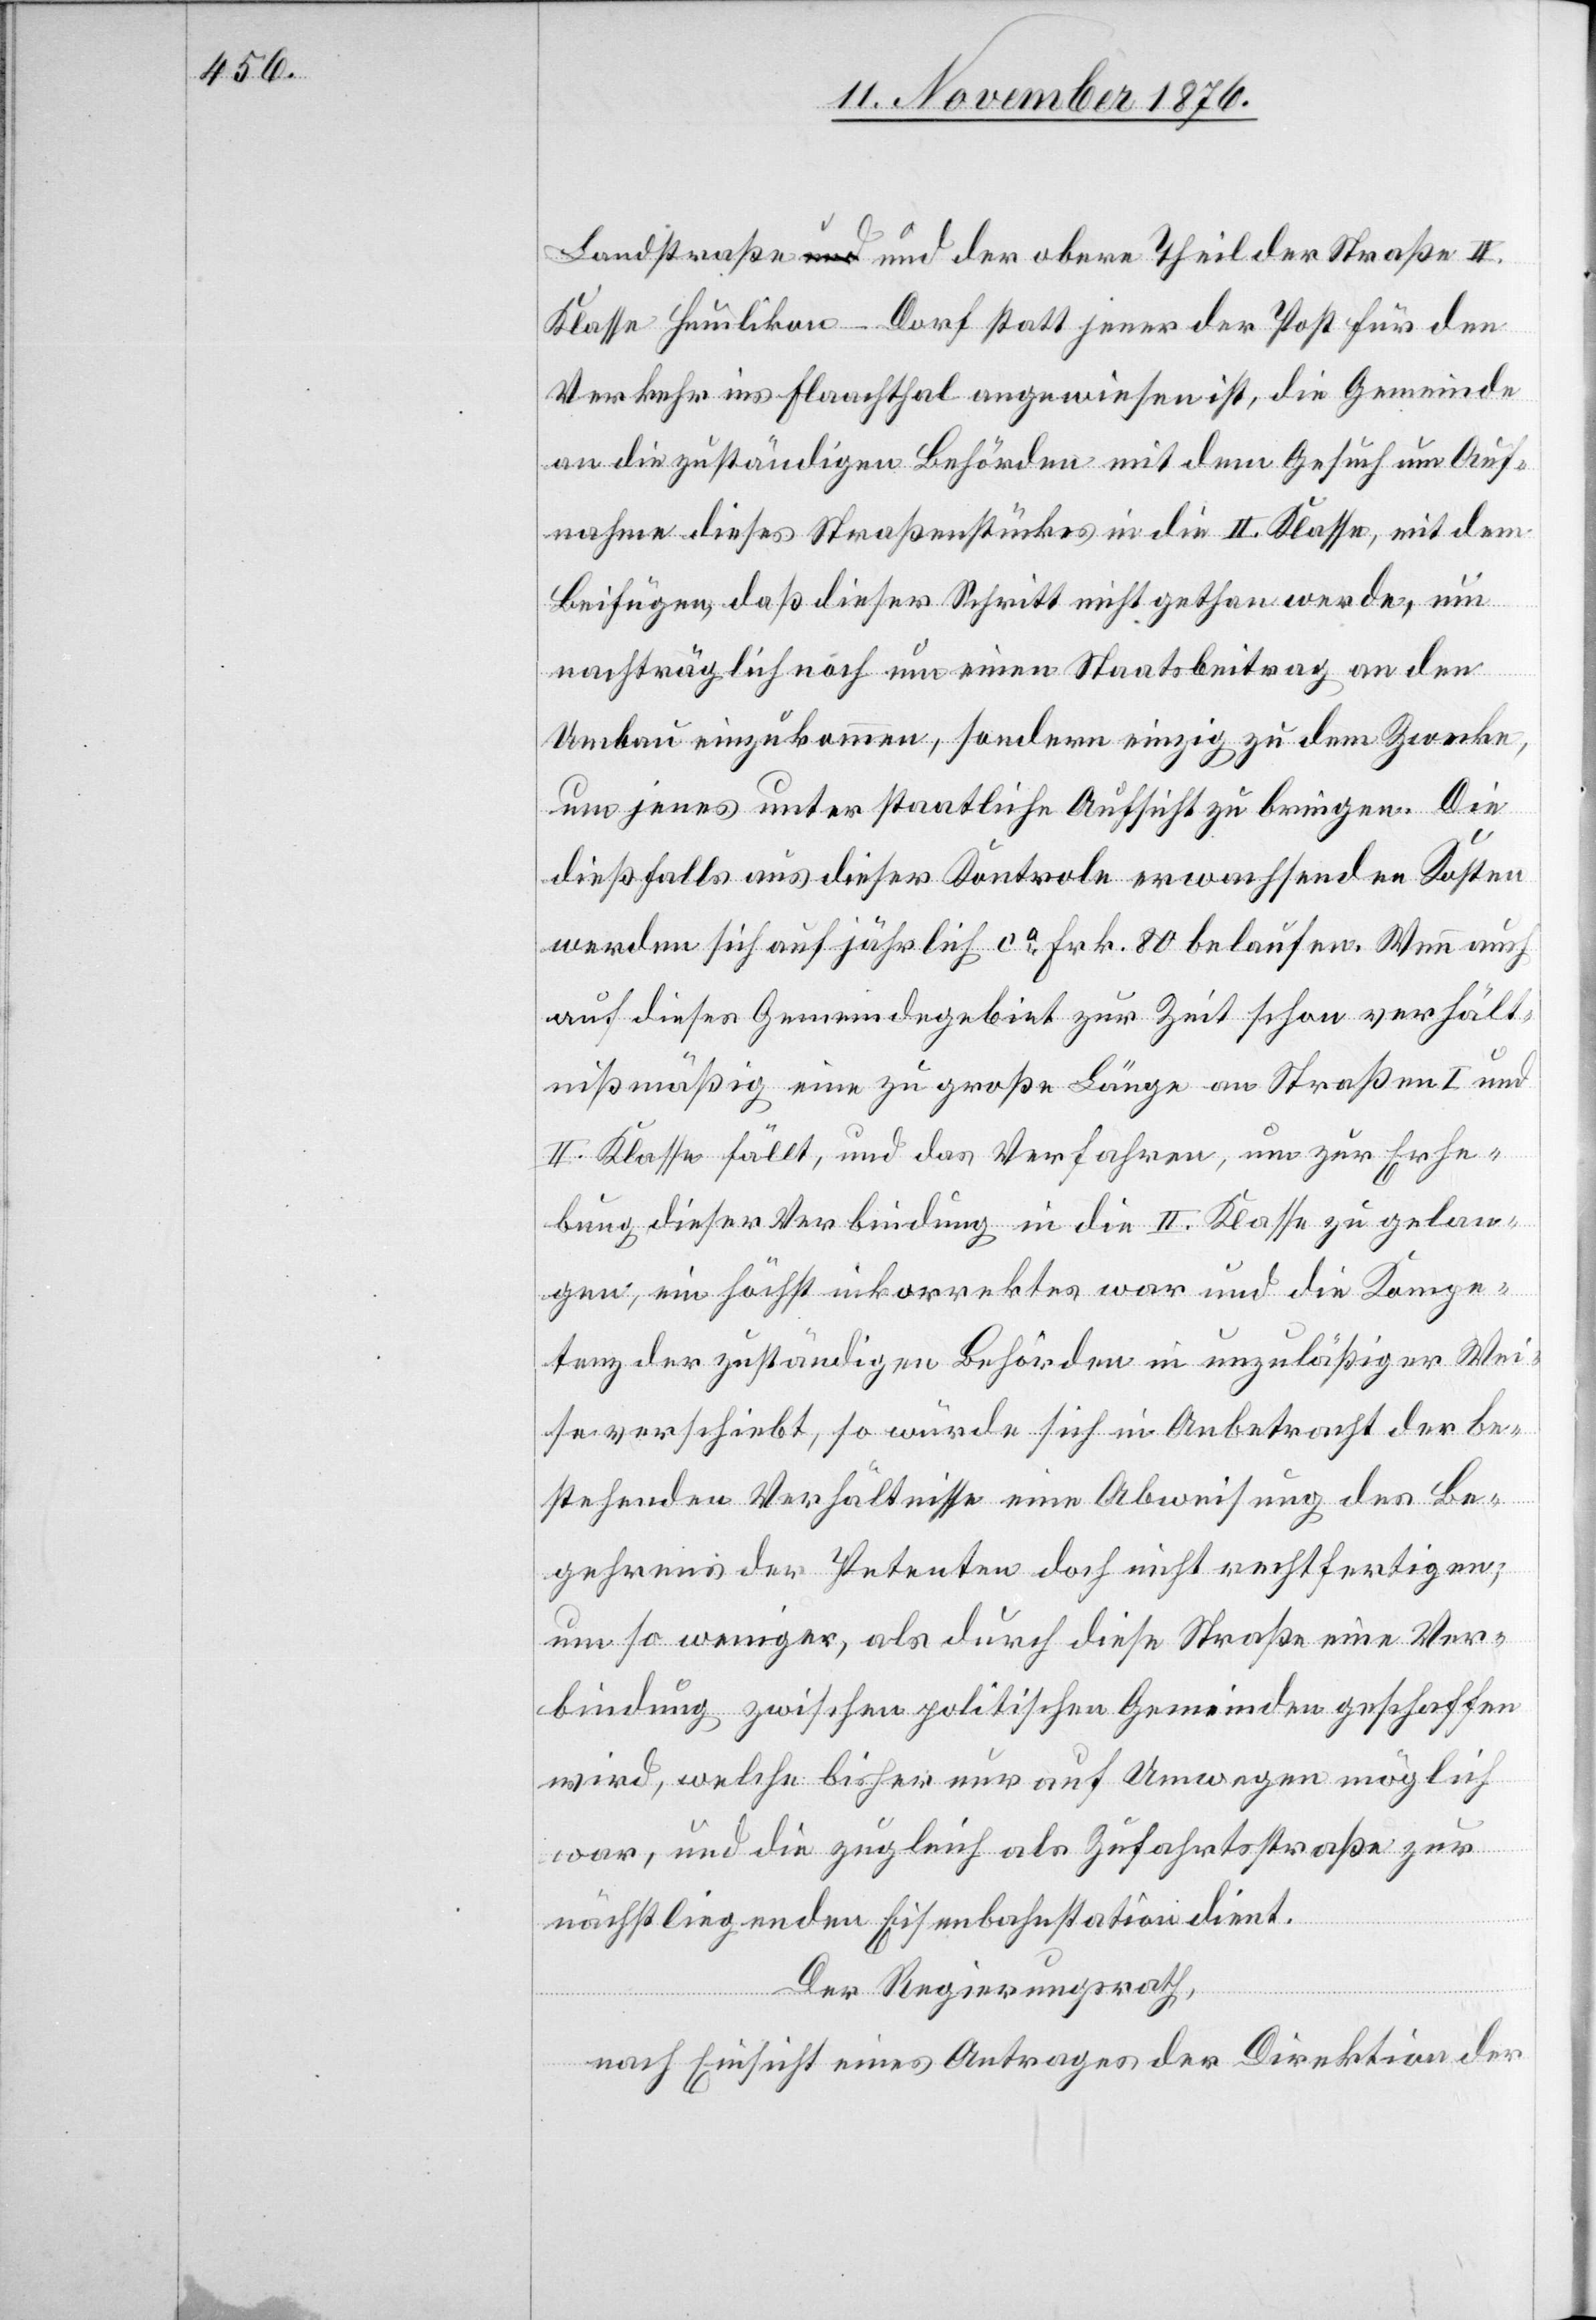
Landstraße und der obere Theil der Straße II.
Klasse Humlikon–Dorf statt jener der Post für den
Verkehr ins Flaachthal angewiesen ist, die Gemeinde
an die zuständigen Behörden mit dem Gesuch um Auf¬
nahme dieses Straßenstückes in die II. Klasse, mit dem
Beifügen, daß dieser Schritt nicht gethan werde, um
nachträglich noch um [sic!] einen Staatsbeitrag an den
Umbau einzukommen, sondern einzig zu dem Zwecke,
um jenes unter staatliche Aufsicht zu bringen. Die
dießfalls aus dieser Kontrole erwachsenden Kosten
werden sich auf jährlich ca Frk. 80 belaufen. Wenn auch
auf dieses Gemeindegebiet zur Zeit schon verhält¬
nißmäßig eine zu große Länge an Straßen I. und
II. Klasse fällt, und das Verfahren, um zur Erhe¬
bung dieser Verbindung in die II. Klasse zu gelan¬
gen, ein höchst inkorrektes war und die Kompe¬
tenz der zuständigen Behörden in unzuläßiger Wei¬
se verschiebt, so würde sich in Anbetracht der be¬
stehenden Verhältnisse eine Abweisung des Be¬
gehrens der Petenten doch nicht rechtfertigen;
um so weniger, als durch diese Straße eine Ver¬
bindung zwischen politischen Gemeinden geschaffen
wird, welche bisher nur auf Umwegen möglich
war, und die zugleich als Zufahrtsstraße zur
nächstliegenden Eisenbahnstation dient.
Der Regierungsrath,
nach Einsicht eines Antrages der Direktion der